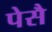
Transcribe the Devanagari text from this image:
पेसै